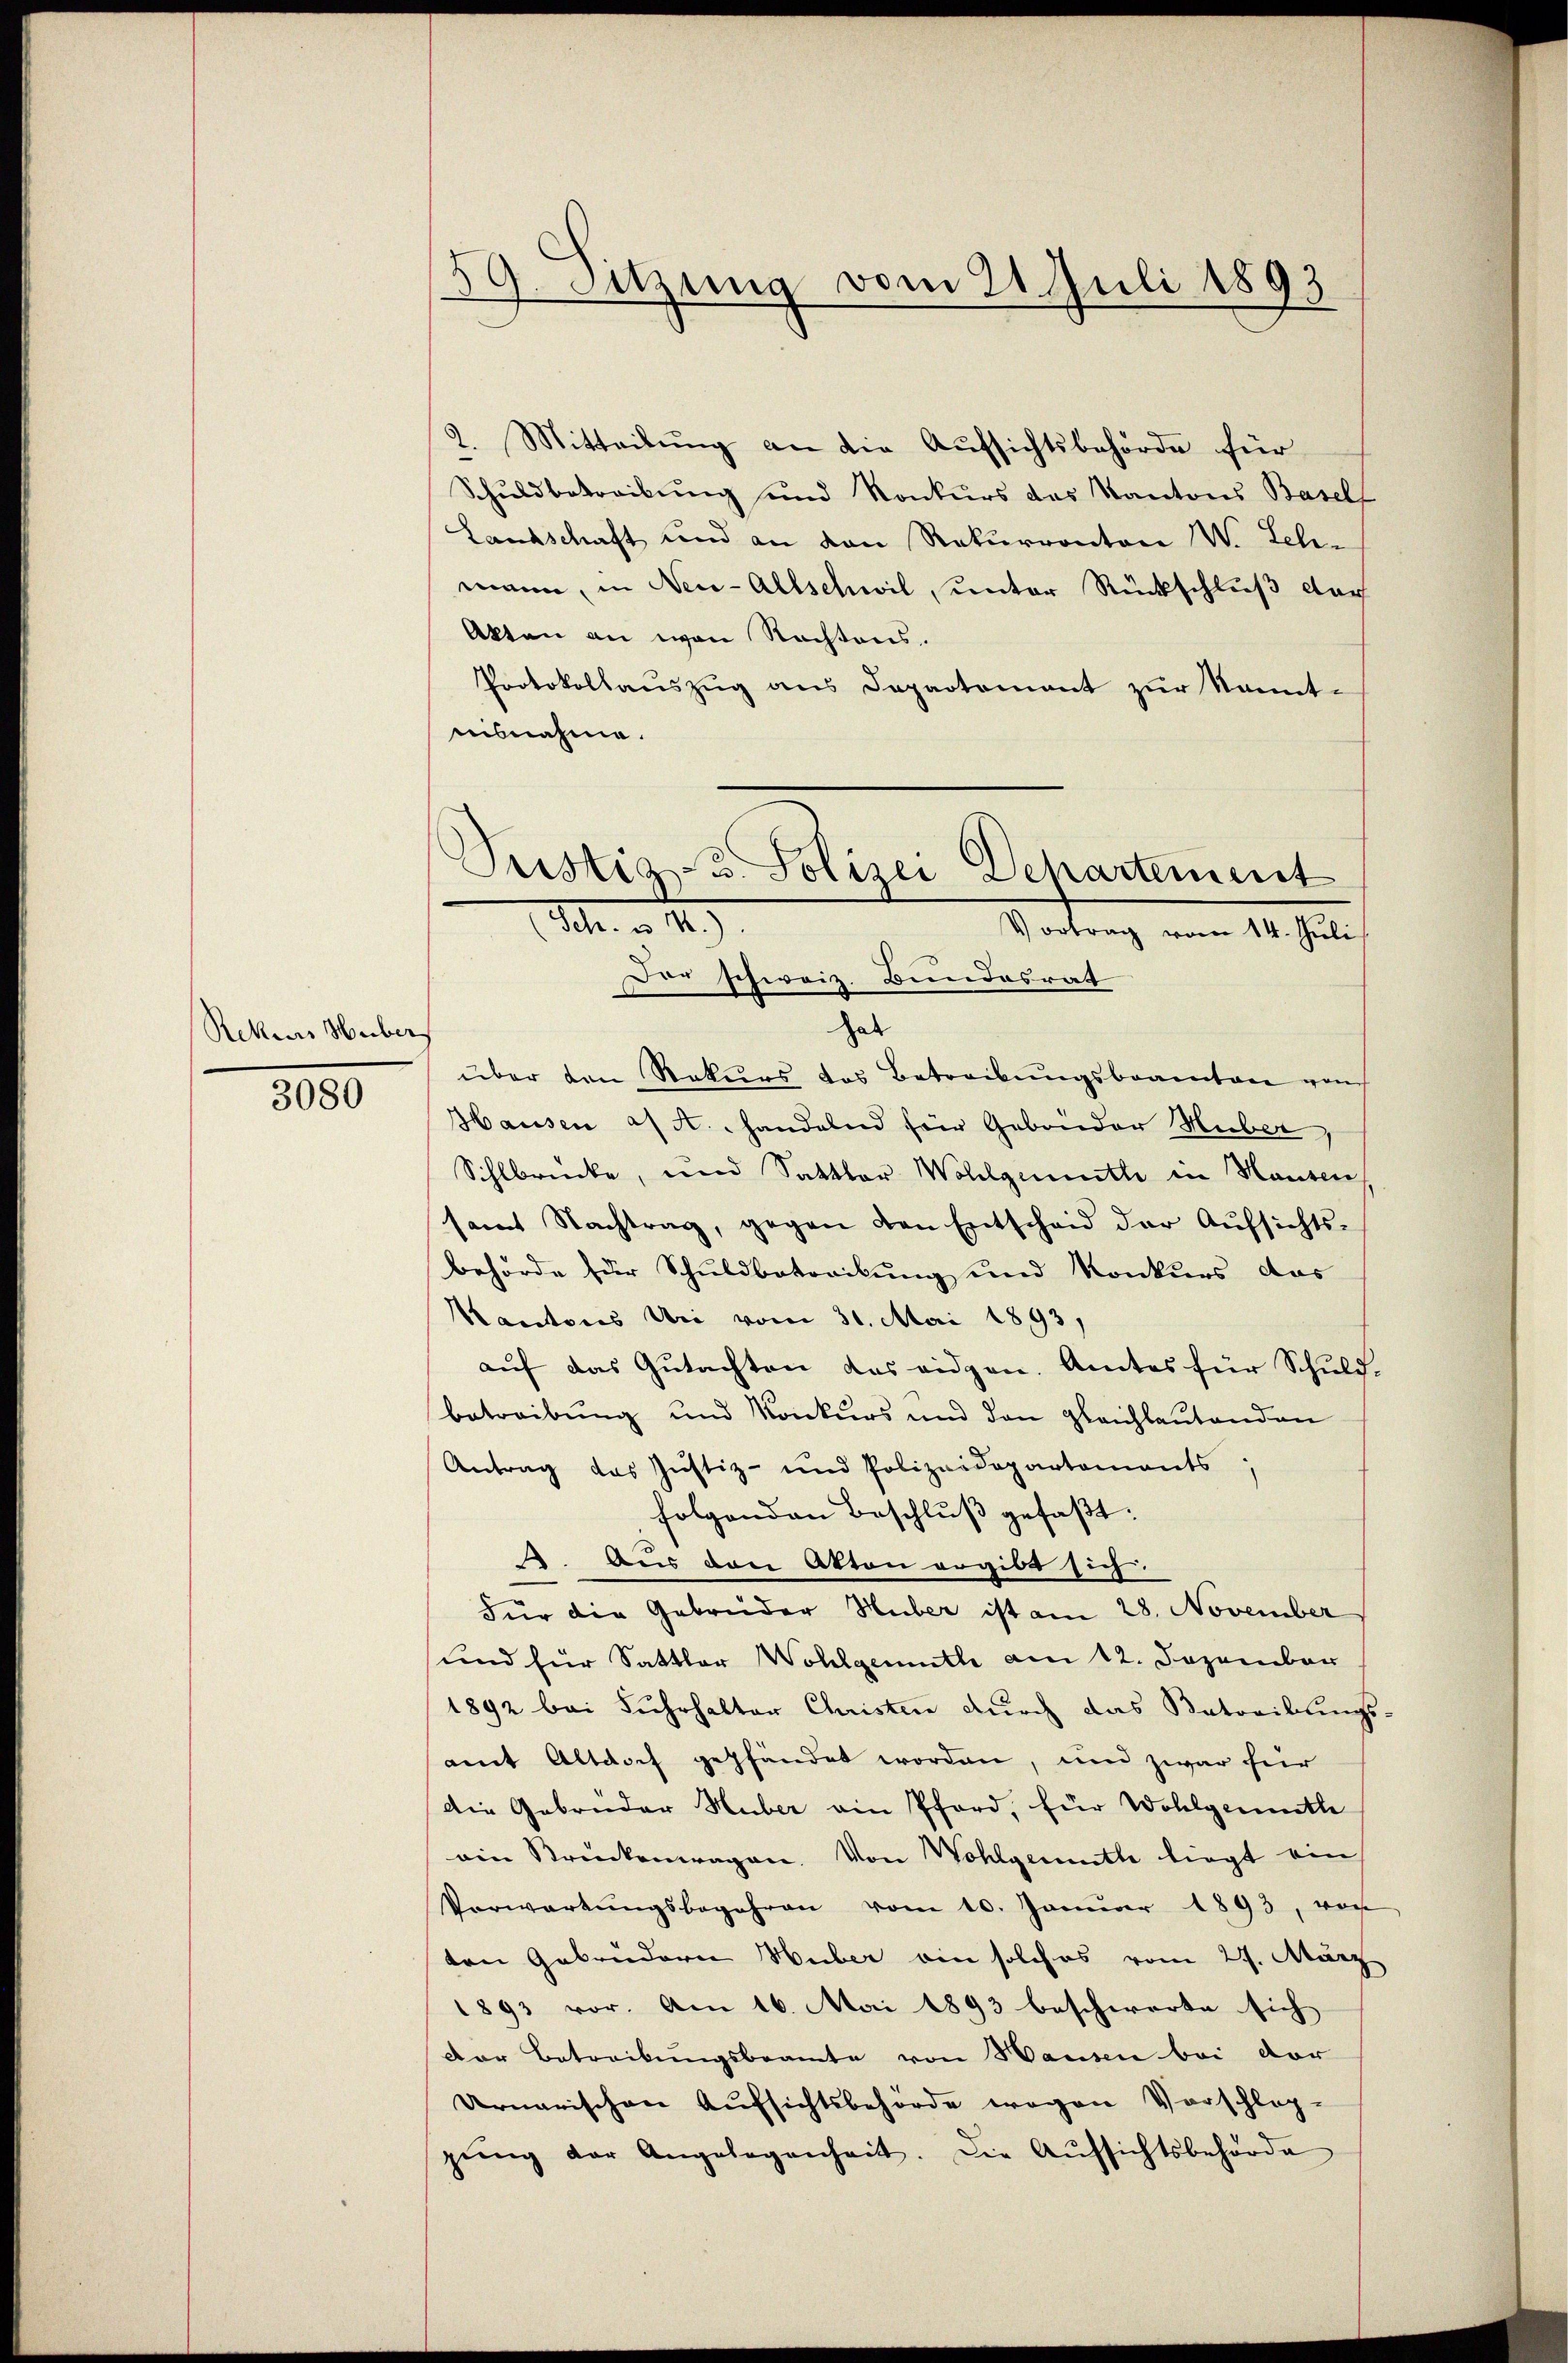
Rekurs Huber

3080

59. Sitzung vom 21. Juli 1893

2. Mitteilung an die Aufsichtsbehörde für
Schuldbetreibung und Konkurs das Kantons Basell
Landschaft und an den Rekurranton W. Leh-
mann, in Neu-Allschwil, unter Rückschluß der
Akten an von Nachtens.
Protokollaŭszŭg ans Departement zŭr kannt-
iisnahme.

Justiz, u. Polizei Departement
Sch. v. M.).
Vortrag vom 14. Juli
Der schweiz. Bundesrat

hab
über den Rekurs das Betreibŭngsbeamten von
Hausen a/A. handelnd für Gebrüder Huber,
Sihlbrücke, und Sattler Wohlgemuth in Hausen
samt Nachtrag, gegen den Entscheid der Aufsichts-
behörde für Schuldbatorikung und Konkurs das
Kantons Uri vom 31. Mai 1893,
auf das Gutachten das eidgen. Amtes für Schuldbetreibung und Konkurs und den gleichlautenden
Antrag das Justiz- und Polizeidepartements
folgenden Beschluß gefaßt:
. Aus den Akten ergibt sich.
Für die Gebrüder Huber ist am 28. November
und für Sattler Wohlgemuth am 12. Dezember
1892 bei Fuhrhalter Christen durch das Betreibungs-
amt Altdoch gepfändet worden, und zwar hier
die Gebrüder Huber ain Pford, für Wohlgemuth
ain Strückenwagen. Von Wohlgemuthe liegt ein
Verwartŭngsbegehren vom 10. Janŭar 1893, von
ten Gabendern Huber ein solches vom 27. März
1893 vor. Am 16. Mai 1893 beschwerte sich
Der Betreibungsbeamte von Hausen bei der
Arnarischen Aufsichtsbehörde wegen Vorschlag-
gŭng der Angelegenheit. Die Aŭfsichtsbehörde